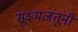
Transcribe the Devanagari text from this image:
सूक्ष्मजंतूंनी